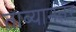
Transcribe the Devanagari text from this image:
ताब्यानंतर